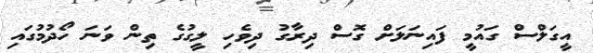
އީގަލްސް ގައުމީ ފައިނަލަށް ގޮސް ދިރާގު ދިވެހި ލީގުގެ ތިން ވަނަ ހޯދުމުގައި